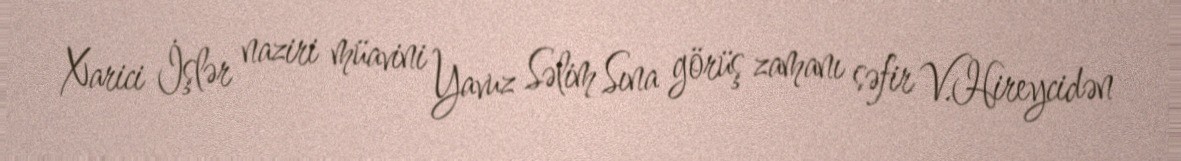
Xarici İşlər naziri müavini Yavuz Səlim Sına görüş zamanı səfir V.Hireycidən